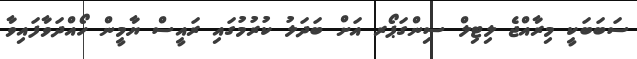
ސަބަބަކީ މިރާއްޖެ ލިޓިލް ސިންގަޕޯރ އަށް ބަދަލު ކުރުމުގައި ރައީސް ޔާމީން ހޯއްދަވާފައިވާ